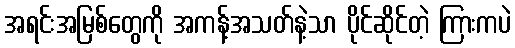
အရင်းအမြစ်တွေကို အကန့်အသတ်နဲ့သာ ပိုင်ဆိုင်တဲ့ ကြားကပဲ